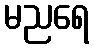
မညရေ